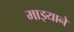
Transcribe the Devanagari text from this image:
माझ्याने